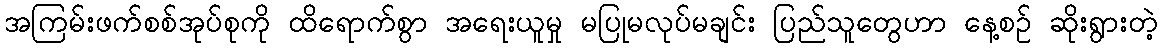
အကြမ်းဖက်စစ်အုပ်စုကို ထိရောက်စွာ အရေးယူမှု မပြုမလုပ်မချင်း ပြည်သူတွေဟာ နေ့စဉ် ဆိုးရွားတဲ့